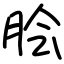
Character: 脍